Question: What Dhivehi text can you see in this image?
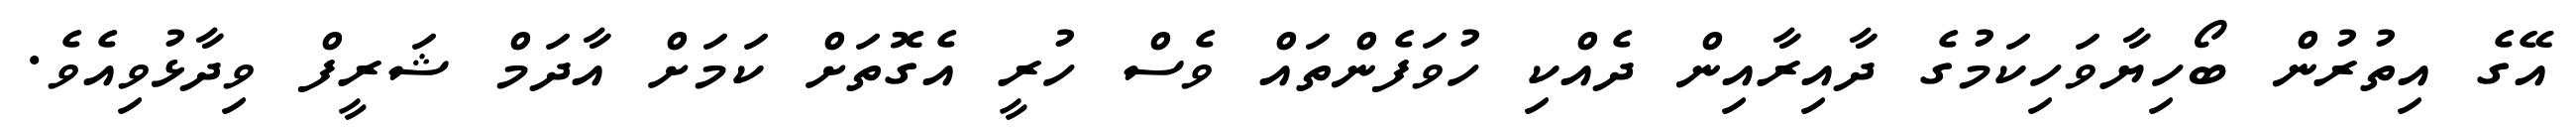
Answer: އޭގެ އިތުރުން ބޯހިޔާވަހިކަމުގެ ދާއިރާއިން ދެއްކި ހުވަފެންތައް ވެސް ހުރީ އެގޮތަށް ކަމަށް އާދަމް ޝަރީފް ވިދާޅުވިއެވެ.